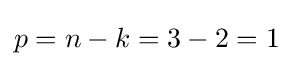
p=n-k=3-2=1